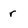
Character: r